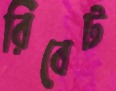
রিবেট